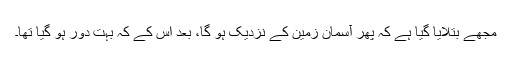
مجھے بتلایا گیا ہے کہ پھر آسمان زمین کے نزدیک ہو گا، بعد اس کے کہ بہت دُور ہو گیا تھا۔